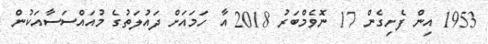
1953 އިން ފެށިގެން 17 ނޮވެމްބަރު 2018 އާ ހަމައަށް ދައުލަތުގެ މުއައްސަސާއަކުން